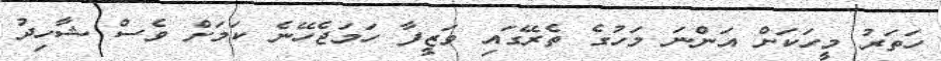
ހަތަރު މީހަކަށް އަންނަ މަހުގެ ތެރޭގައި ވަޒީފާ ހަމަޖެހޭނެ ކަމަށް ވެސް ޝާހިދު